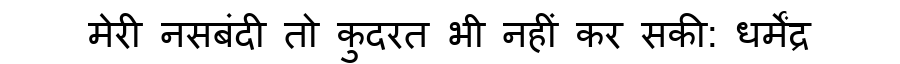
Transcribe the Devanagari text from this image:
मेरी नसबंदी तो कुदरत भी नहीं कर सकी: धर्मेंद्र